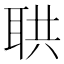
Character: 𦕠